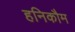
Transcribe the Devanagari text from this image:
हनिकौम